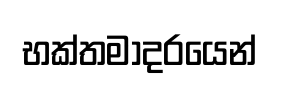
භක්තමාදරයෙන්